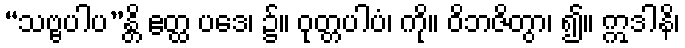
“သဗ္ဗပါပ”န္တိ ဧတ္ထ ပဒေ၊ ၌။ ဝုတ္တပါပံ၊ ကို။ ဝိဘဇိတွာ၊ ၍။ ဣဒါနိ၊